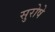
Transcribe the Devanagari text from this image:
सुरोषे